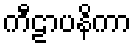
ကီဠာပနိကာ